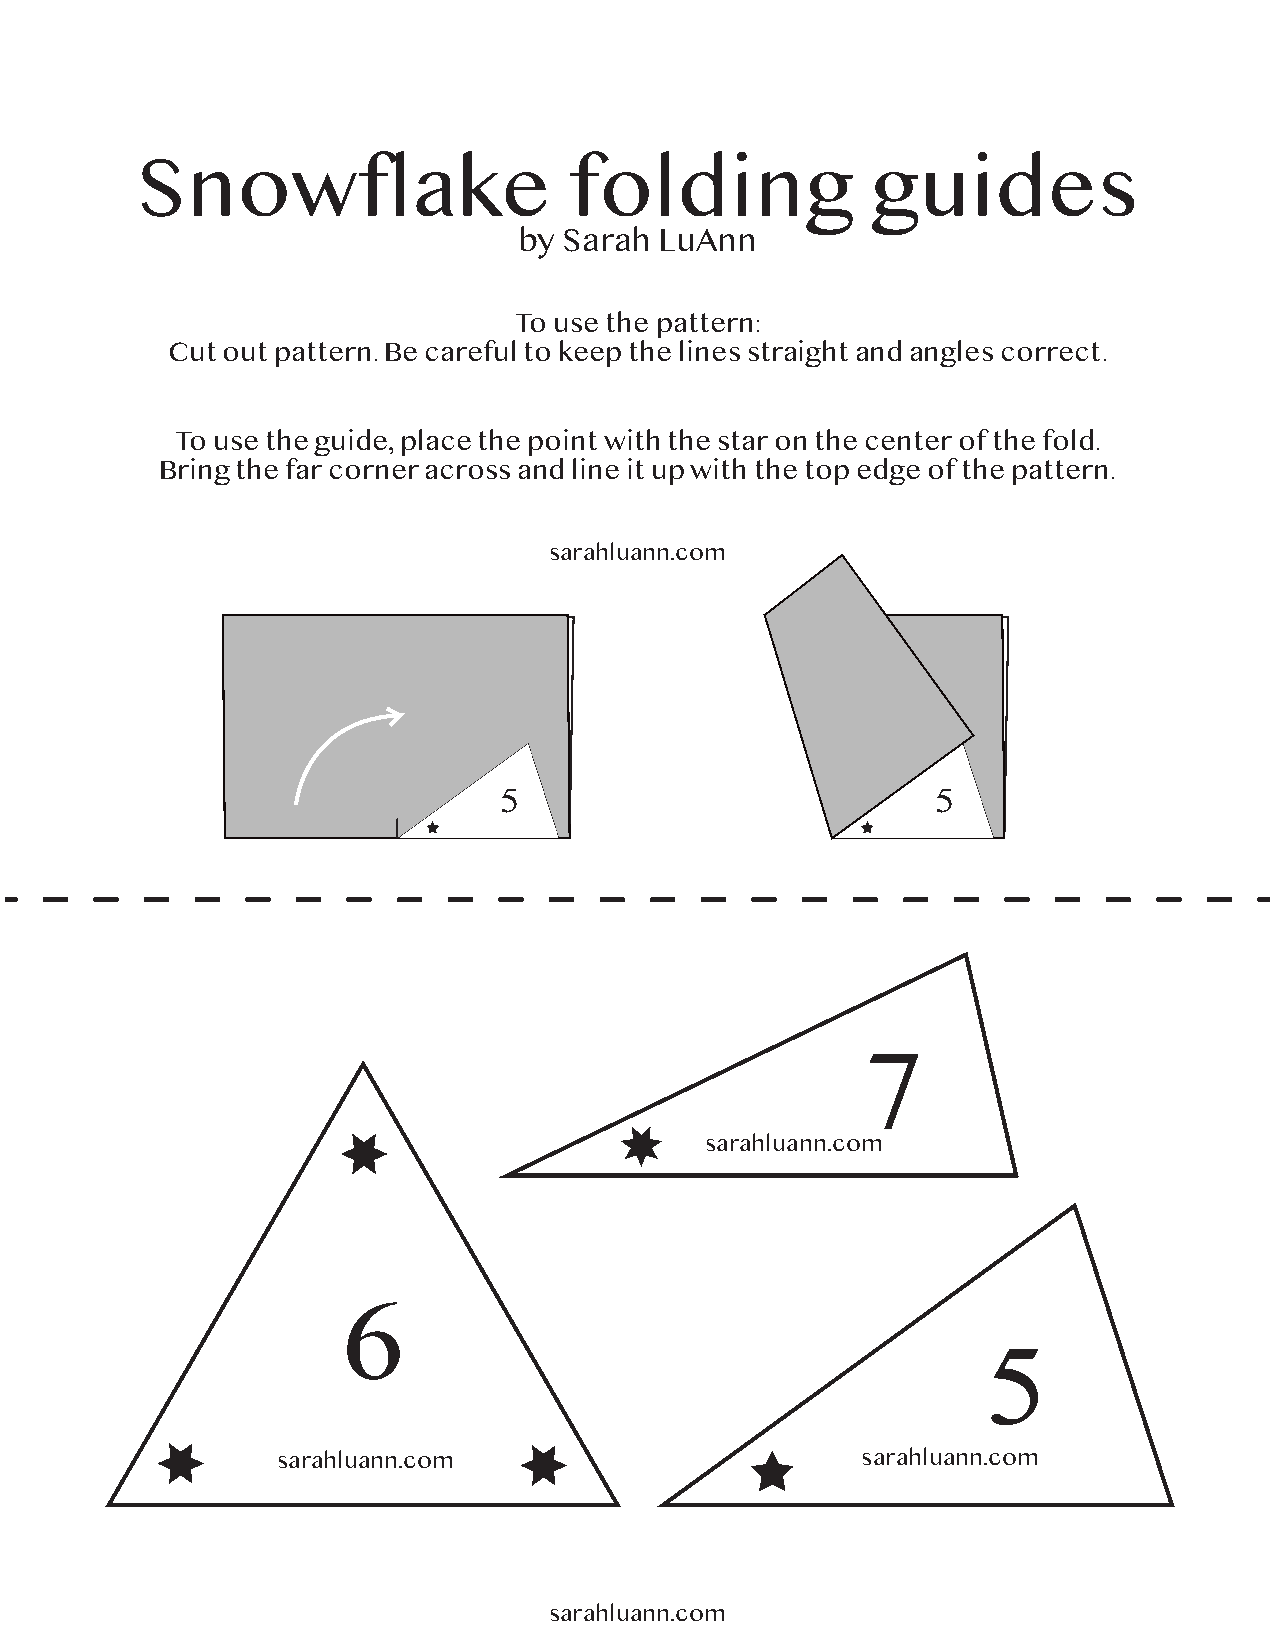
Snowflake                    folding             guides
 by Sarah  LuAnn
 To use the pattern:
 Cut out pattern. Be careful to keep the lines straight and angles correct.
 To use the guide, place the point with the star on the center of the fold.
 Bring the far corner across and line it up with the top edge of the pattern.
 sarahluann.com
 5                            5
 7
 sarahluann.com
 6
 5
 sarahluann.com                         sarahluann.com
 sarahluann.com